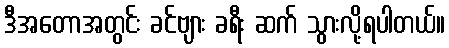
ဒီအတောအတွင်း ခင်ဗျား ခရီး ဆက် သွားလို့ရပါတယ်။